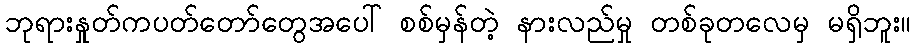
ဘုရားနှုတ်ကပတ်တော်တွေအပေါ် စစ်မှန်တဲ့ နားလည်မှု တစ်ခုတလေမှ မရှိဘူး။